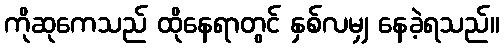
ကိုဆုကေသည် ထိုနေရာတွင် နှစ်လမျှ နေခဲ့ရသည်။